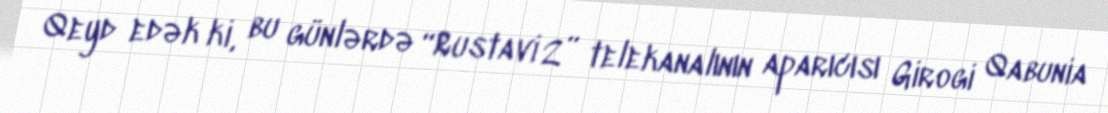
Qeyd edək ki, bu günlərdə “Rustavi 2” telekanalının aparıcısı Girogi Qabunia